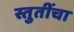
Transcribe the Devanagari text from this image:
स्तुतींचा